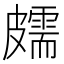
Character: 𥀭